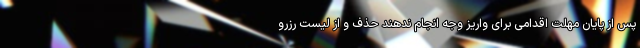
پس از پایان مهلت اقدامی برای واریز وجه انجام ندهند حذف و از لیست رزرو